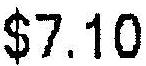
$7.10